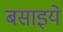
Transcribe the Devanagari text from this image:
बसाइये